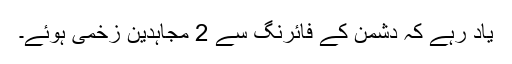
یاد رہے کہ دشمن کے فائرنگ سے 2 مجاہدین زخمی ہوئے۔